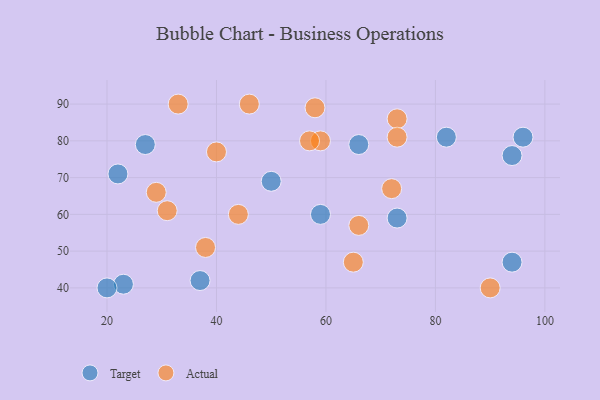
{"axis": {"x": "GDP", "y": "Life Expectancy"}, "legend": ["Actual", "Target"], "data": [{"x": "94", "y": 47, "type": "Target"}, {"x": "23", "y": 41, "type": "Target"}, {"x": "66", "y": 79, "type": "Target"}, {"x": "37", "y": 42, "type": "Target"}, {"x": "50", "y": 69, "type": "Target"}, {"x": "20", "y": 40, "type": "Target"}, {"x": "96", "y": 81, "type": "Target"}, {"x": "73", "y": 59, "type": "Target"}, {"x": "82", "y": 81, "type": "Target"}, {"x": "94", "y": 76, "type": "Target"}, {"x": "22", "y": 71, "type": "Target"}, {"x": "59", "y": 60, "type": "Target"}, {"x": "27", "y": 79, "type": "Target"}, {"x": "38", "y": 51, "type": "Actual"}, {"x": "46", "y": 90, "type": "Actual"}, {"x": "90", "y": 40, "type": "Actual"}, {"x": "73", "y": 86, "type": "Actual"}, {"x": "73", "y": 81, "type": "Actual"}, {"x": "58", "y": 89, "type": "Actual"}, {"x": "65", "y": 47, "type": "Actual"}, {"x": "44", "y": 60, "type": "Actual"}, {"x": "29", "y": 66, "type": "Actual"}, {"x": "59", "y": 80, "type": "Actual"}, {"x": "66", "y": 57, "type": "Actual"}, {"x": "33", "y": 90, "type": "Actual"}, {"x": "40", "y": 77, "type": "Actual"}, {"x": "57", "y": 80, "type": "Actual"}, {"x": "72", "y": 67, "type": "Actual"}, {"x": "31", "y": 61, "type": "Actual"}]}